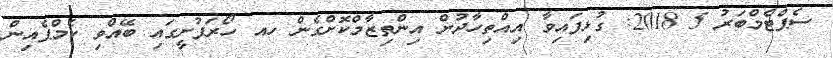
ސެޕްޓެމްބަރު 5 2018: ގުޅިފައިވާ އިއްތިހާދުން އިންތިޒާމްކޮށްގެން ހއ ހޯރަފުށީގައި ބޭއްވި ކެމްޕެއިން